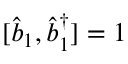
[ \hat { b } _ { 1 } , \hat { b } _ { 1 } ^ { \dagger } ] = 1